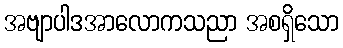
အဗျာပါဒအာလောကသညာ အစရှိသော